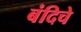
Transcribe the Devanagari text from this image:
बंदिचे